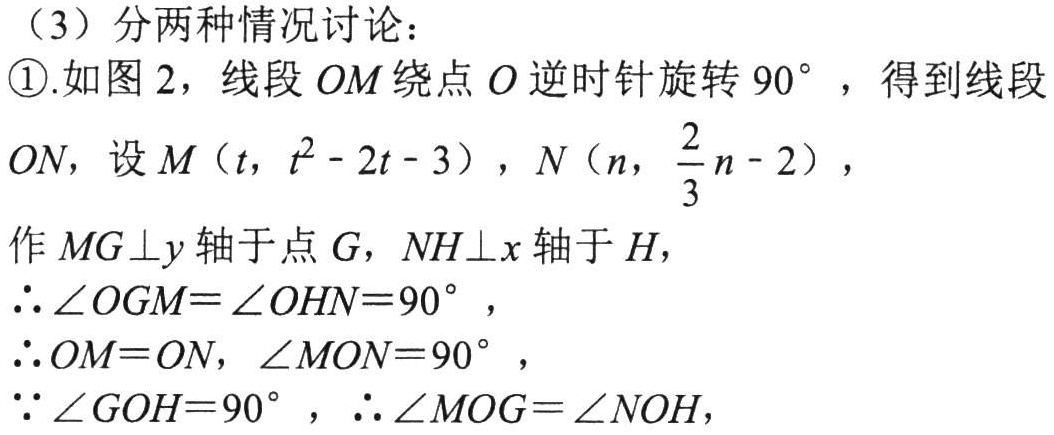
（3）分两种情况讨论：
\textcircled{1}.如图 2，线段 \(OM\) 绕点 \(O\) 逆时针旋转 \(90^{\circ}\) ，得到线段 \(ON\)，设 \(M(t,t^{2}-2t - 3)\)，\(N(n,\frac{2}{3}n - 2)\)，
作 \(MG\perp y\) 轴于点 \(G\)，\(NH\perp x\) 轴于 \(H\)，
\(\therefore\angle OGM = \angle OHN = 90^{\circ}\)，
\(\therefore OM = ON\)，\(\angle MON = 90^{\circ}\)，
\(\because\angle GOH = 90^{\circ}\)，\(\therefore\angle MOG=\angle NOH\)，